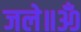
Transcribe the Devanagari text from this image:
जले॥ॐ